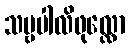
သဗ္ဗပါလိဖုလ္လော